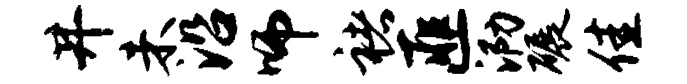
井未沿师褚匪泐碾佳